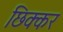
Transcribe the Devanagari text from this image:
छिक्कर